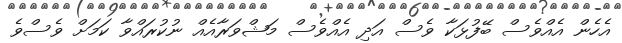
އެހެން އެއްވެސް ބޭފުޅަކާ ވެސް އަދި އެއްވެސް މަޝްވަރާއެއް ނުކުރައްވާ ކަމަށް ވެސްވެ